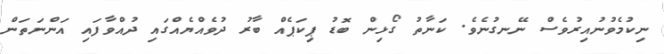
ނިކުމެވުނުއިރުވެސް ނޭނގުނެވެ. ކަނާތު ގޯޅިން ބޮޑު ޕިކަޕެއް ބާރު ދުވެއްޔެއްގައި ދުއްވާފައި އަންނަތަން